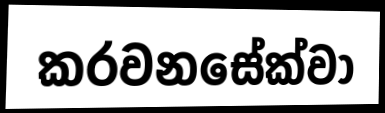
කරවනසේක්වා